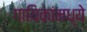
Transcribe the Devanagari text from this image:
गायिकांमध्ये